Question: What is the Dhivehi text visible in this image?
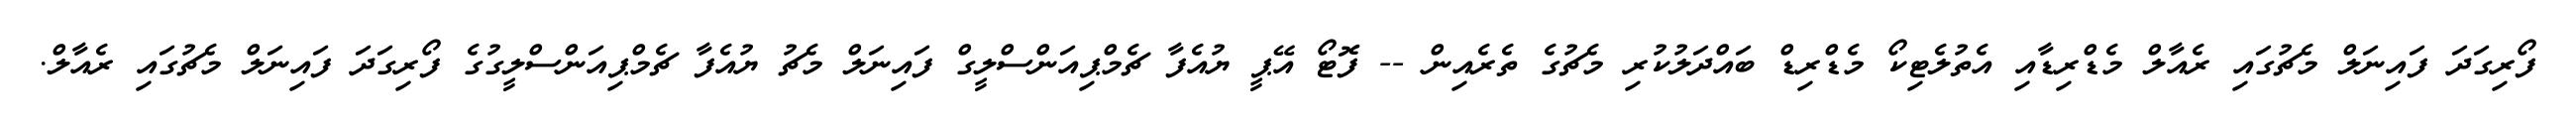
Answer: ފޯރިގަދަ ފައިނަލް މެޗުގައި ރެއާލް މެޑްރިޑާއި އެތުލެޓިކޯ މެޑްރިޑް ބައްދަލުކުރި މެޗުގެ ތެރެއިން -- ފޮޓޯ އޭޕީ ޔުއެފާ ޗެމްޕިއަންސްލީގް ފައިނަލް މެޗު ޔުއެފާ ޗެމްޕިއަންސްލީގުގެ ފޯރިގަދަ ފައިނަލް މެޗުގައި ރެއާލް.